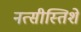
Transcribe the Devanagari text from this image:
नत्सीस्तिशे